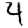
Digit: 4